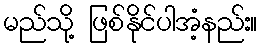
မည်သို့ ဖြစ်နိုင်ပါအံ့နည်း။